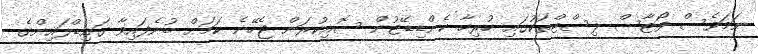
ނަމަވެސް ވޯޓާސް ލިސްޓްތަކުގައި ހުރިހާ ކެންޑިޑޭޓުން ސޮއިކުރަން ޖެހޭނެ ކަމަށް ބުނެފައިވާ ގައިޑްލައިންގެ